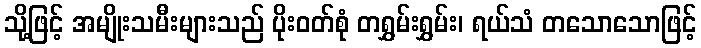
သို့ဖြင့် အမျိုးသမီးများသည် ပိုးဝတ်စုံ တရွှမ်းရွှမ်း၊ ရယ်သံ တသောသောဖြင့်